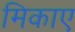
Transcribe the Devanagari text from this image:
मिकाए